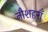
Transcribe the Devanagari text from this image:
नौशहराँ